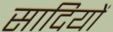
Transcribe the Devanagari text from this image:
सादियों